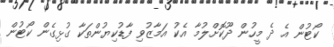
ކޯޓުން އެ ދެ މީހުން ދޫކޮށްލުމާ އެކު އަމާޒުވި ފާޑުކިޔުންތަކާ ގުޅިގެން ކޯޓުން